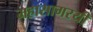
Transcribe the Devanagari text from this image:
महासागरयी